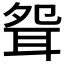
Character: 𦕕